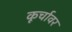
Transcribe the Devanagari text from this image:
कूर्चावर